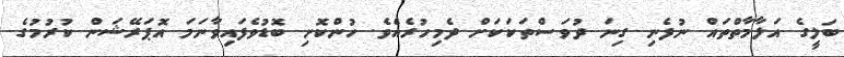
ބަލީގެ އަލާމާތްތައް ނުފެނި ގިނަ ދުވަސްތަކަކަށް ދެމިހުރެއެވެ. ހުންކޮށި ބޮޑުވެފައިވާނަމަ އޮޕަރޭޝަން ކުރުމުގެ